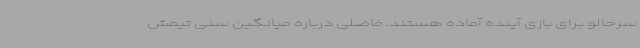
سرحالو برای بازی آینده آماده هستند. فاضلی درباره میانگین سنی تیمش